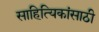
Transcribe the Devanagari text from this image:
साहित्यिकांसाठी